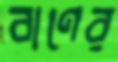
বাণের